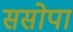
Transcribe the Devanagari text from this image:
ससोपा